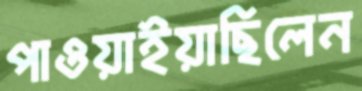
পাওয়াইয়াছিলেন